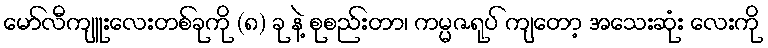
မော်လီကျူးလေးတစ်ခုကို (၈) ခု နဲ့ စုစည်းတာ၊ ကမ္မဇရုပ် ကျတော့ အသေးဆုံး လေးကို